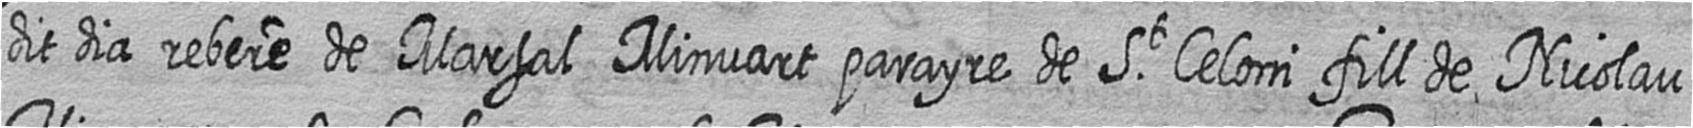
dit dia rebere de Marsal Minvart parayre de St Celoni fill de Nicolau